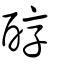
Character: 醇